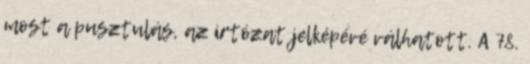
most a pusztulás, az irtózat jelképévé válhatott. A 78.